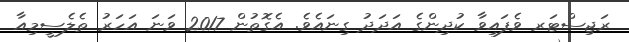
ރަޖިސްޓަރ ވެފައިވާ ކުދިންގެ އަދަދު ގިނައެވެ. އެގޮތުން 2017 ވަނަ އަހަރު ތެލެސީމިއާ